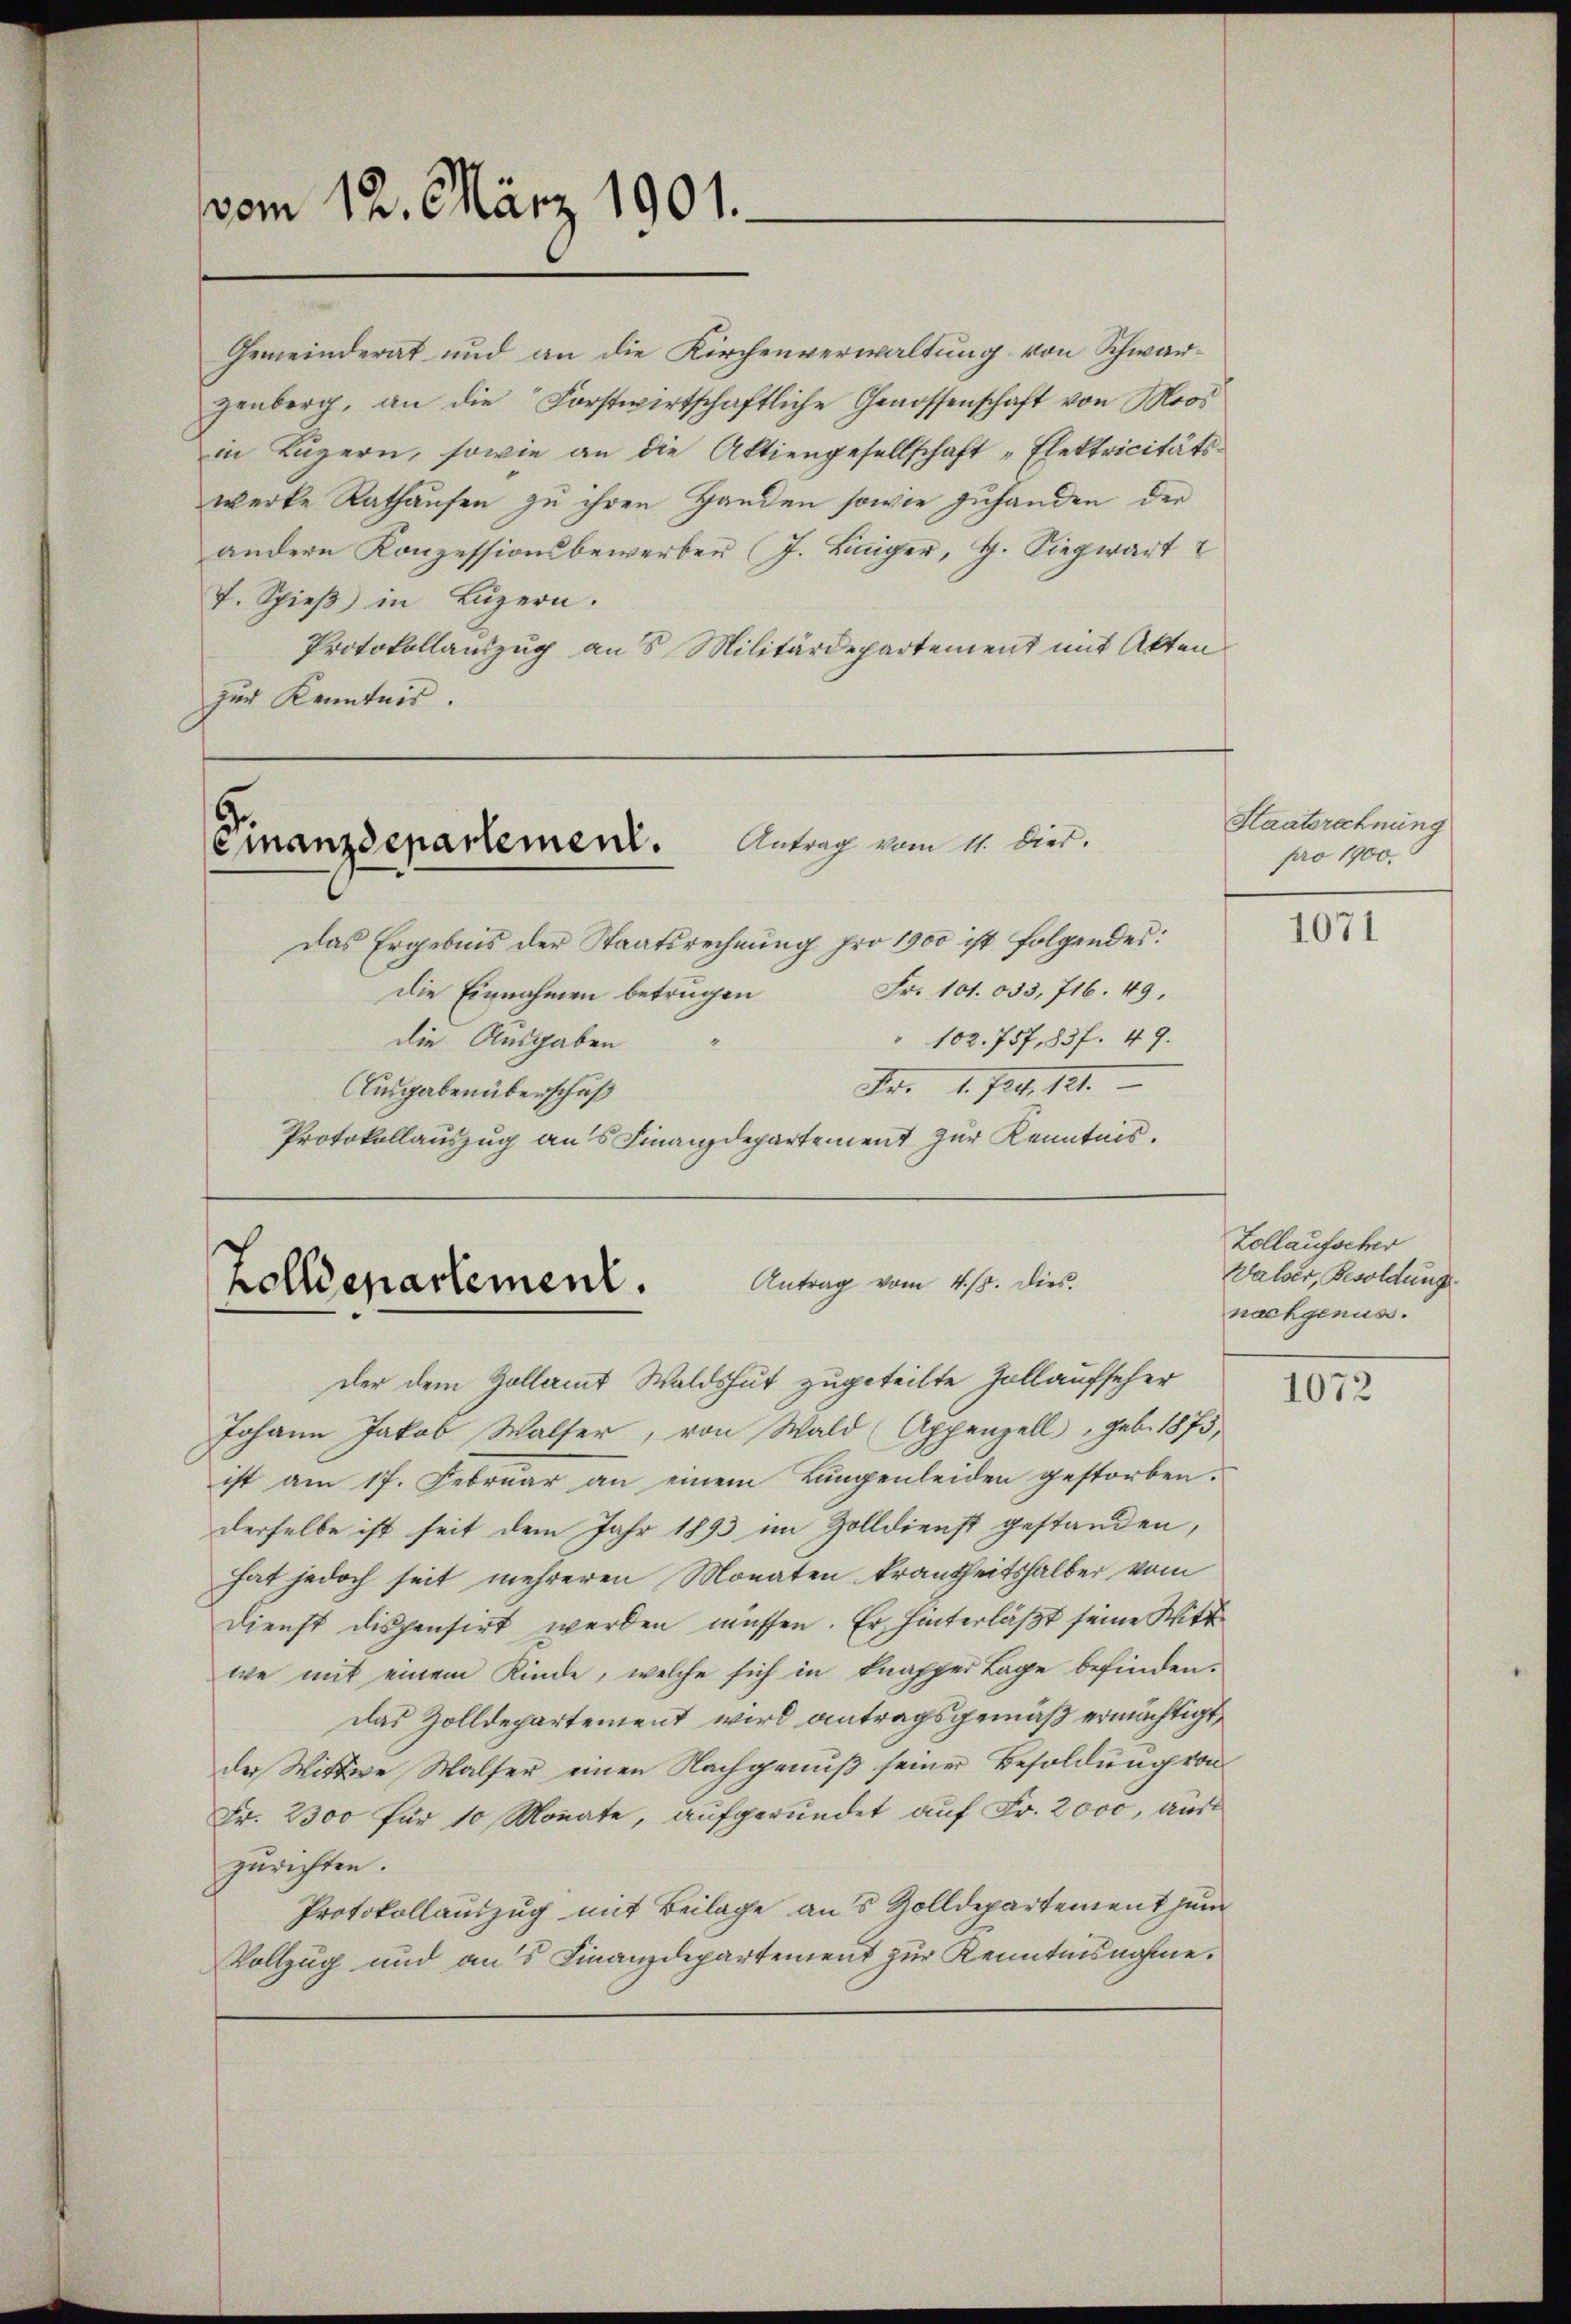
vom 12. März 1901.

Gemeinderat und an die Kirchenverwaltung von Schwarzenberg, an die Forstwirtschaftliche Genossenschaft von Moos
in Luzern, sowie an die Aktiengesellschaft „Elektricitäts-
werke Rathaŭsen zu ihren Handen sowie zuhanden der
andere Konzessionsbewerben (J. Liniger, G. Siegwart
7. Spieß in Luzern.
Protokollauszug an 8 Militärdepartement mit Akten
zur Kenntnis.

Antrag vom 11. dies.
Finanzdepartement.

Das Ergebnis der Staatsrechnung pro 1900 ist folgendes:
Fr. 101. 633, 716. 49.
Die Einnahmen betrugen
" 102. 757, 83 f. 49.
die Ausgaben
Fr. 1. Jan. 121.
Ausgaben überschuß
Protokollauszug aus Finanzdepartement zur Kenntnis.

Antrag vom 4/5. Dies
Zolldepartement.

der dem Zollamt Waldshut zugeteilte Zollaufseher
Johann Jakob Walfer, von Wald (Appenzell, geb. 1875,
ist am 17. Februar an einem Lungenleiden gestorben.
derselbe ist seit dem Jahr 1893 im Zolldienst gestanden,
hat jedoch seit mehreren Monaten krankheitshalber vom
Dienst dispensirt werden müssen. Er hinterläßt seine Wittwe mit einem Kinde, welche sich in knapper Lage befinden.
das Zolldepartement wird antragsgemäß ermächtigt,
der Wittwe Walfer einen Nachgenuß seiner Besoldung von
Fr. 2300 für 10 Monate, aufgerundet auf Fr. 2000, aus
zurichten.
Protokollauszug mit Beilage aus Zolldepartement zum
Vollzug und aus Finanzdepartement zur Kenntnisnahme.

Staatsrechnung
pro 1900.

1071

Zollaufscher
Walser, Besoldung
nachgenuss.

1072